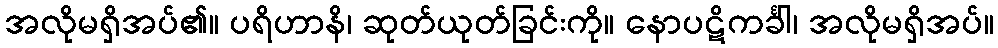
အလိုမရှိအပ်၏။ ပရိဟာနိ၊ ဆုတ်ယုတ်ခြင်းကို။ နောပဋိကင်္ခါ၊ အလိုမရှိအပ်။